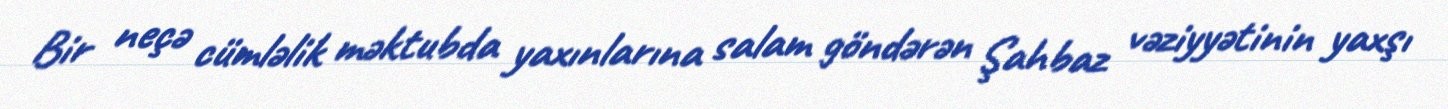
Bir neçə cümləlik məktubda yaxınlarına salam göndərən Şahbaz vəziyyətinin yaxşı